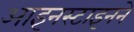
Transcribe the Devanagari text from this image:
आइनस्टाइनने